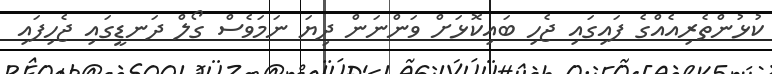
ކުޅުންތެރިއެއްގެ ފައިގައި ޖެހި ބައިކޮޅަށް ވަންނަން ދިޔަ ނަމަވެސް ގޯލް ދަނޑީގައި ޖެހިފައި